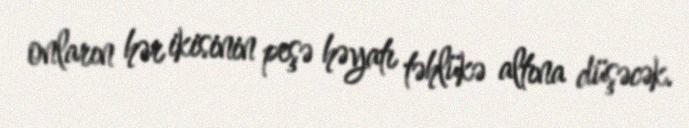
onların hər ikisinin peşə həyatı təhlükə altına düşəcək.